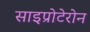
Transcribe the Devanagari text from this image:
साइप्रोटेरोन